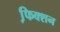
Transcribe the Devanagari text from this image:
फि़क्शन